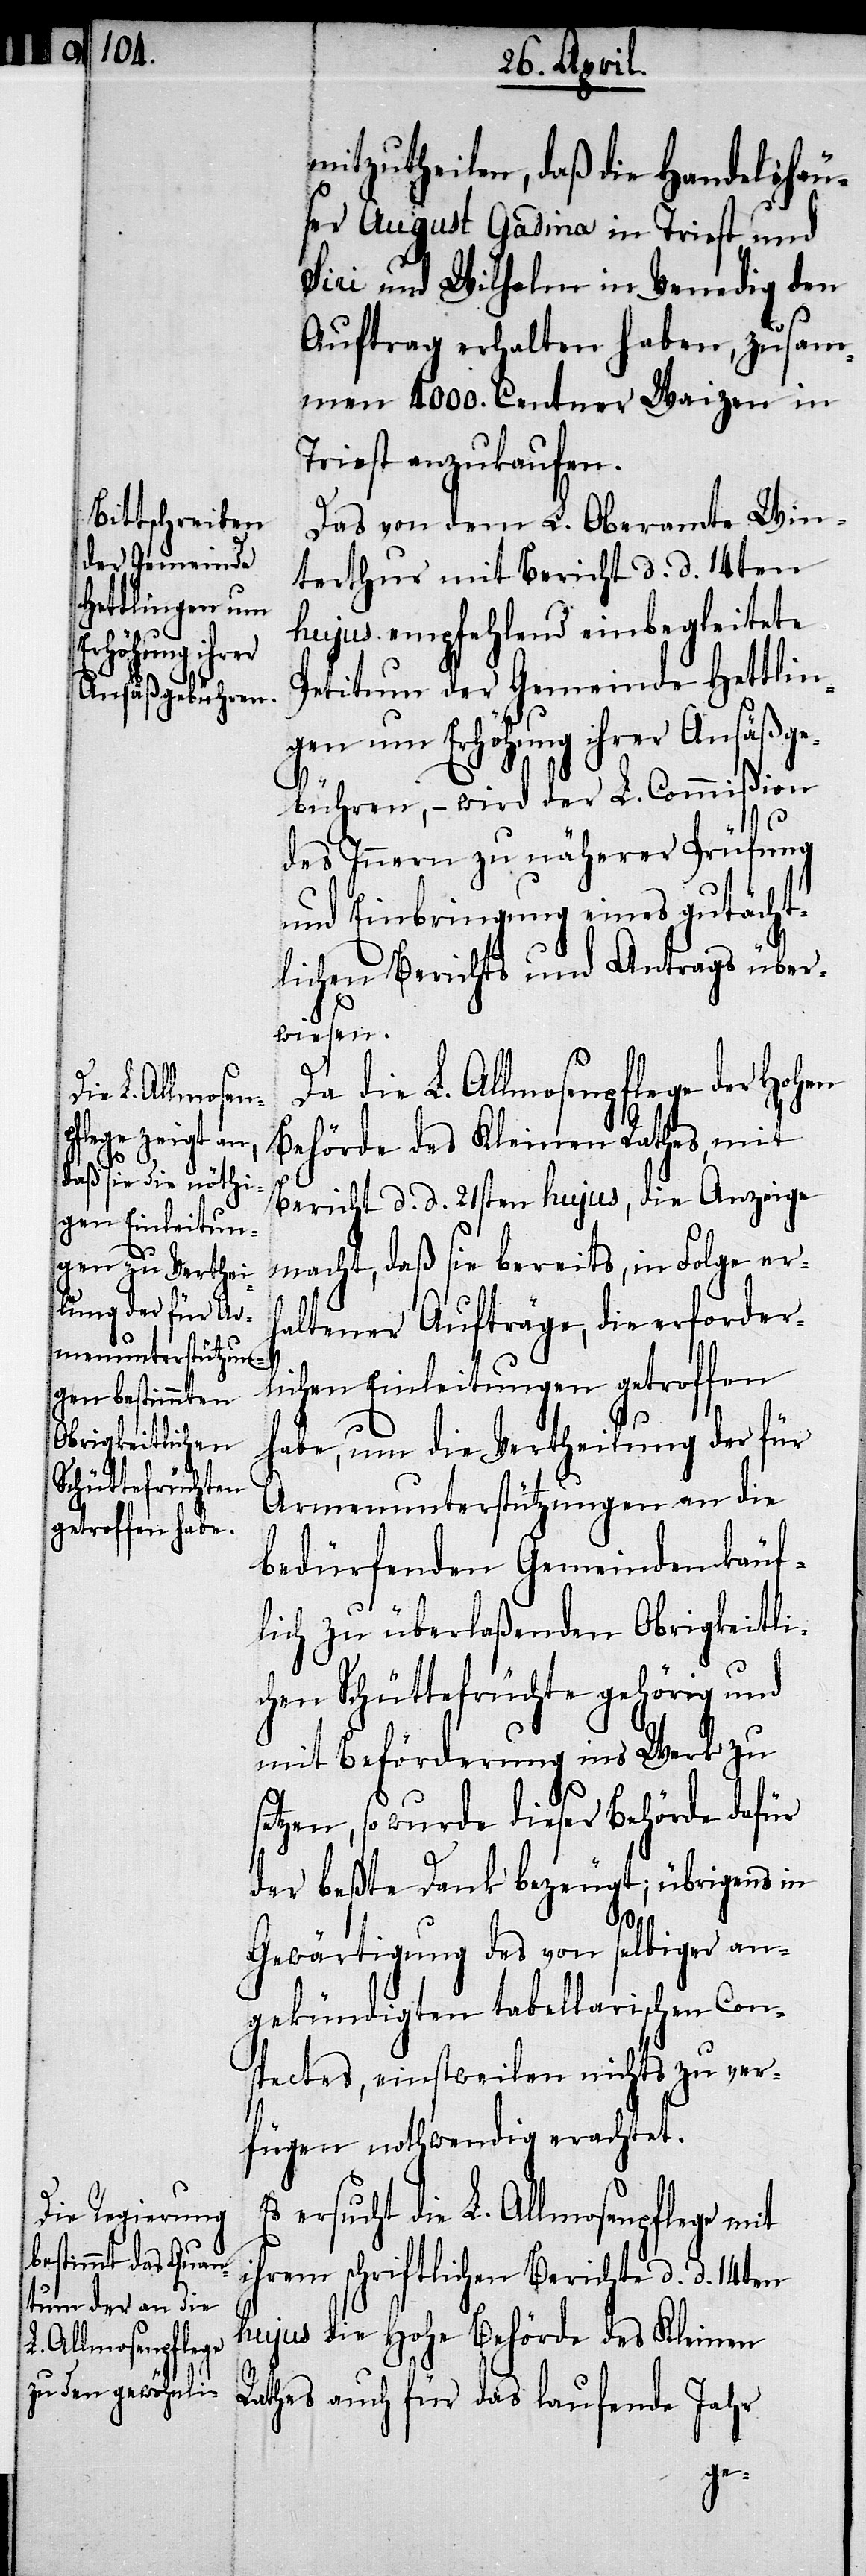
hujus, die

mitzutheilen, daß die Handelshäu¬
ser August Gadina in Triest und
Siri und Wilhelm in Venedig den
Auftrag erhalten haben, zusam¬
men 4000. Centner Waizen in
Triest anzukaufen.
Das von dem L. Oberamte Win¬
terthur mit Bericht d. d. 14ten
hujus empfehlend einbegleitete
Petitum der Gemeinde Hettlin¬
gen um Erhöhung ihrer Ansäßge¬
bühren, – wird der L. Commißion
des Innern zu näherer Prüfung
und Einbringung eines gutächt¬
lichen Berichts und Antrags über¬
wiesen.
Da die L. Allmosenpflege der Hohen
Behörde des Kleinen Rathes, mit
macht, daß sie bereits, in Folge erh¬
altener Aufträge, die erforder¬
lichen Einleitungen getroffen
habe, um die Vertheilung der für
Armenunterstützungen an die
bedürfenden Gemeinden käuf¬
lich zu überlaßenden Obrigkeitli¬
chen Schüttefrüchte gehörig und
mit Beförderung ins Werk zu
setzen, so wurde dieser Behörde dafür
der beßte Dank bezeugt; übrigens in
Gewärtigung des von selbiger an¬
gekündigten tabellarischen Con¬
spectes, einstweilen nichts zu ver¬
fügen nothwendig erachtet.
Es ersucht die L. Allmosenpflege mit
ihrem schriftlichen Berichte d. d. 14ten
hujus die Hohe Behörde des Kleinen
Rathes auch für das laufende Jahr
d.